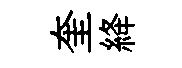
奎絳